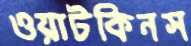
ওয়াটকিনস